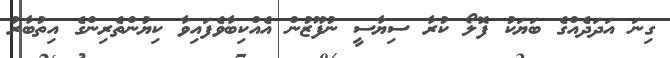
ގިނަ އަދަދެއްގެ ބަޔަކު ފޮލޯ ކުރާ ސިޔާސީ ނުފޫޒުން އެއްކިބާވެފައިވާ ކިޔުންތެރިންގެ އިތުބާރު